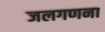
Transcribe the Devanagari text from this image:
जलगणना